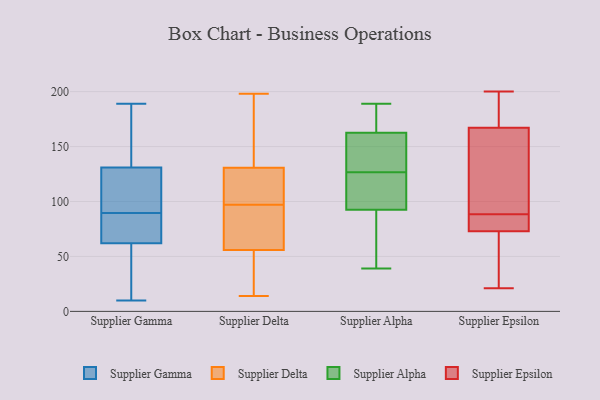
{"axis": {"x": "Energy Usage (MWh)", "y": "Value"}, "legend": ["Supplier Alpha", "Supplier Delta", "Supplier Epsilon", "Supplier Gamma"], "data": [{"x": "", "y": 131, "type": "Supplier Gamma"}, {"x": "", "y": 77, "type": "Supplier Gamma"}, {"x": "", "y": 90, "type": "Supplier Gamma"}, {"x": "", "y": 37, "type": "Supplier Gamma"}, {"x": "", "y": 189, "type": "Supplier Gamma"}, {"x": "", "y": 81, "type": "Supplier Gamma"}, {"x": "", "y": 146, "type": "Supplier Gamma"}, {"x": "", "y": 110, "type": "Supplier Gamma"}, {"x": "", "y": 10, "type": "Supplier Gamma"}, {"x": "", "y": 130, "type": "Supplier Gamma"}, {"x": "", "y": 89, "type": "Supplier Gamma"}, {"x": "", "y": 187, "type": "Supplier Gamma"}, {"x": "", "y": 32, "type": "Supplier Gamma"}, {"x": "", "y": 62, "type": "Supplier Gamma"}, {"x": "", "y": 55, "type": "Supplier Delta"}, {"x": "", "y": 198, "type": "Supplier Delta"}, {"x": "", "y": 178, "type": "Supplier Delta"}, {"x": "", "y": 59, "type": "Supplier Delta"}, {"x": "", "y": 170, "type": "Supplier Delta"}, {"x": "", "y": 88, "type": "Supplier Delta"}, {"x": "", "y": 81, "type": "Supplier Delta"}, {"x": "", "y": 136, "type": "Supplier Delta"}, {"x": "", "y": 112, "type": "Supplier Delta"}, {"x": "", "y": 25, "type": "Supplier Delta"}, {"x": "", "y": 56, "type": "Supplier Delta"}, {"x": "", "y": 14, "type": "Supplier Delta"}, {"x": "", "y": 129, "type": "Supplier Delta"}, {"x": "", "y": 124, "type": "Supplier Delta"}, {"x": "", "y": 97, "type": "Supplier Delta"}, {"x": "", "y": 102, "type": "Supplier Delta"}, {"x": "", "y": 31, "type": "Supplier Delta"}, {"x": "", "y": 157, "type": "Supplier Alpha"}, {"x": "", "y": 105, "type": "Supplier Alpha"}, {"x": "", "y": 87, "type": "Supplier Alpha"}, {"x": "", "y": 123, "type": "Supplier Alpha"}, {"x": "", "y": 39, "type": "Supplier Alpha"}, {"x": "", "y": 130, "type": "Supplier Alpha"}, {"x": "", "y": 136, "type": "Supplier Alpha"}, {"x": "", "y": 176, "type": "Supplier Alpha"}, {"x": "", "y": 168, "type": "Supplier Alpha"}, {"x": "", "y": 189, "type": "Supplier Alpha"}, {"x": "", "y": 98, "type": "Supplier Alpha"}, {"x": "", "y": 86, "type": "Supplier Alpha"}, {"x": "", "y": 30, "type": "Supplier Epsilon"}, {"x": "", "y": 73, "type": "Supplier Epsilon"}, {"x": "", "y": 167, "type": "Supplier Epsilon"}, {"x": "", "y": 127, "type": "Supplier Epsilon"}, {"x": "", "y": 24, "type": "Supplier Epsilon"}, {"x": "", "y": 95, "type": "Supplier Epsilon"}, {"x": "", "y": 200, "type": "Supplier Epsilon"}, {"x": "", "y": 21, "type": "Supplier Epsilon"}, {"x": "", "y": 82, "type": "Supplier Epsilon"}, {"x": "", "y": 171, "type": "Supplier Epsilon"}, {"x": "", "y": 112, "type": "Supplier Epsilon"}, {"x": "", "y": 179, "type": "Supplier Epsilon"}, {"x": "", "y": 76, "type": "Supplier Epsilon"}, {"x": "", "y": 76, "type": "Supplier Epsilon"}]}